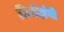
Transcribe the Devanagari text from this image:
विनोदांनी